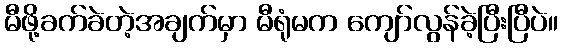
မီဖို့ခက်ခဲတဲ့အချက်မှာ မီရုံမက ကျော်လွန်ခဲ့ပြီးပြီပဲ။